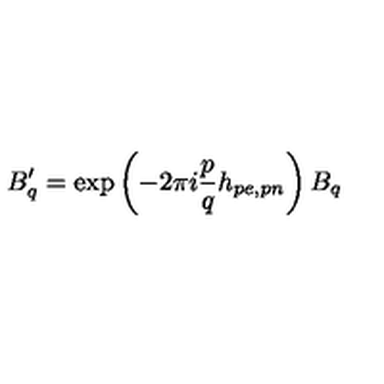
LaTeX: B _ { q } ^ { \prime } = \mathrm { e x p } \left( - 2 \pi i \frac { p } { q } h _ { p e , p n } \right) B _ { q }